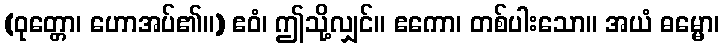
(ဝုတ္တော၊ ဟောအပ်၏။) ဧဝံ၊ ဤသို့လျှင်။ ဧကော၊ တစ်ပါးသော။ အယံ ဓမ္မော၊